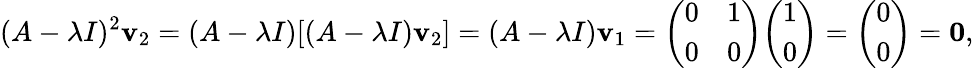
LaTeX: (A-\lambda I)^{2}\mathbf{v}_{2}=(A-\lambda I)[(A-\lambda I)\mathbf{v}_{2}]=(A-\lambda I)\mathbf{v}_{1}={\left(\begin{array}{ll}{0}&{1}\\ {0}&{0}\end{array}\right)}{\left(\begin{array}{l}{1}\\ {0}\end{array}\right)}={\left(\begin{array}{l}{0}\\ {0}\end{array}\right)}=\mathbf{0},